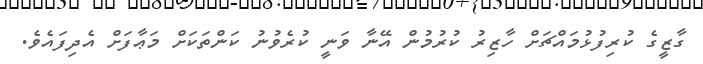
ގާޒީގެ ކުރިފުޅުމައްޗަށް ހާޒިރު ކުރުމުން އޭނާ ވަނީ ކުރެވުނު ކަންތަކަށް މަޢާފަށް އެދިފައެވެ.